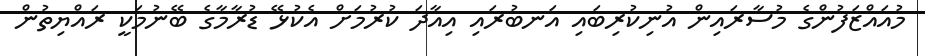
މުއައްޒަފުންގެ މުސާރައިން އުނިކުރިބައި އަނބުރައި އިއާދަ ކުރުމަށް އެކުޅޭ ޑުރާމާގެ ބޭނުމަކީ ރައްޔިތުން